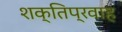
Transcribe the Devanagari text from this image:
शक्तिप्रवाह